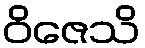
ဝိဇေသိ